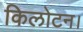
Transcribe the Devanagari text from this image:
किलोटन।